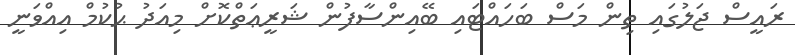
ރައީސް ޖަލުގައި ތިން މަސް ބަހައްޓައި ބޭއިންސާފުން ޝަރީޢަތްކޮށް މިއަދު ޙުކުމް އިއްވަނީ